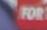
for